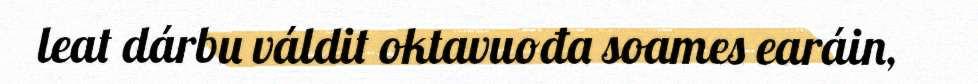
leat dárbu váldit oktavuođa soames earáin,